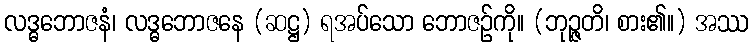
လဒ္ဓဘောဇနံ၊ လဒ္ဓဘောဇနေ (ဆဋ္ဌ) ရအပ်သော ဘောဇဉ်ကို။ (ဘုဉ္ဇတိ၊ စား၏။) အဿ